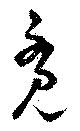
覺